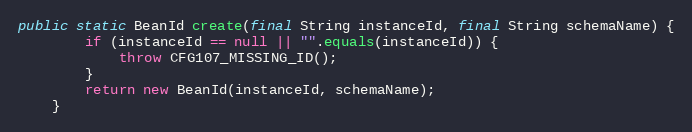
Language: Java
public static BeanId create(final String instanceId, final String schemaName) {
        if (instanceId == null || "".equals(instanceId)) {
            throw CFG107_MISSING_ID();
        }
        return new BeanId(instanceId, schemaName);
    }